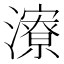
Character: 𪷷